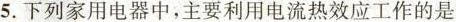
5.下列家用电器中，主要利用电流热效应工作的是